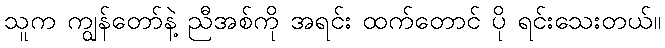
သူက ကျွန်တော်နဲ့ ညီအစ်ကို အရင်း ထက်တောင် ပို ရင်းသေးတယ်။